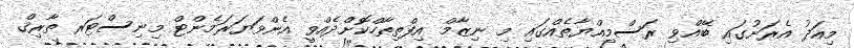
މިއަދު އެރަށުގައި ބޭއްވި ރަސްމިއްޔާތެއްގައި މި ނިޒާމް އިފްތިތާހްކޮށްދެއްވީ އެންވަޔަރަމެންޓް މިނިސްޓަރ ތާރިޤް